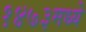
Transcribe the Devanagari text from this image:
१४७३मध्ये